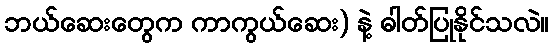
ဘယ်ဆေးတွေက ကာကွယ်ဆေး) နဲ့ ဓါတ်ပြုနိုင်သလဲ။